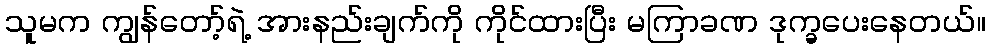
သူမက ကျွန်တော့်ရဲ့ အားနည်းချက်ကို ကိုင်ထားပြီး မကြာခဏ ဒုက္ခပေးနေတယ်။